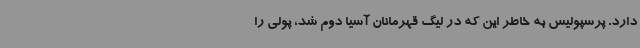
دارد. پرسپولیس به‌ خاطر این که در لیگ قهرمانان آسیا دوم شد، پولی را